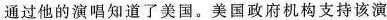
通过他的演唱知道了美国。美国政府机构支持该演